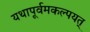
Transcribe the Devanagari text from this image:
यथापूर्वमकल्पयत्